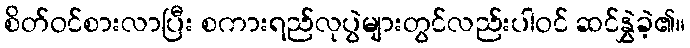
စိတ်ဝင်စားလာပြီး စကားရည်လုပွဲများတွင်လည်းပါဝင် ဆင်နွှဲခဲ့၏။